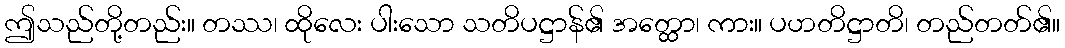
ဤသည်တို့တည်း။ တဿ၊ ထိုလေး ပါးသော သတိပဋ္ဌာန်၏ အတ္ထော၊ ကား။ ပဟတိဋ္ဌာတိ၊ တည်တတ်၏။